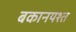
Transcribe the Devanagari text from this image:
बकानयश्त